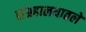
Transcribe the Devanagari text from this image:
संग्रहालयातले